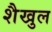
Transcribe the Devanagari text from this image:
शैखुल